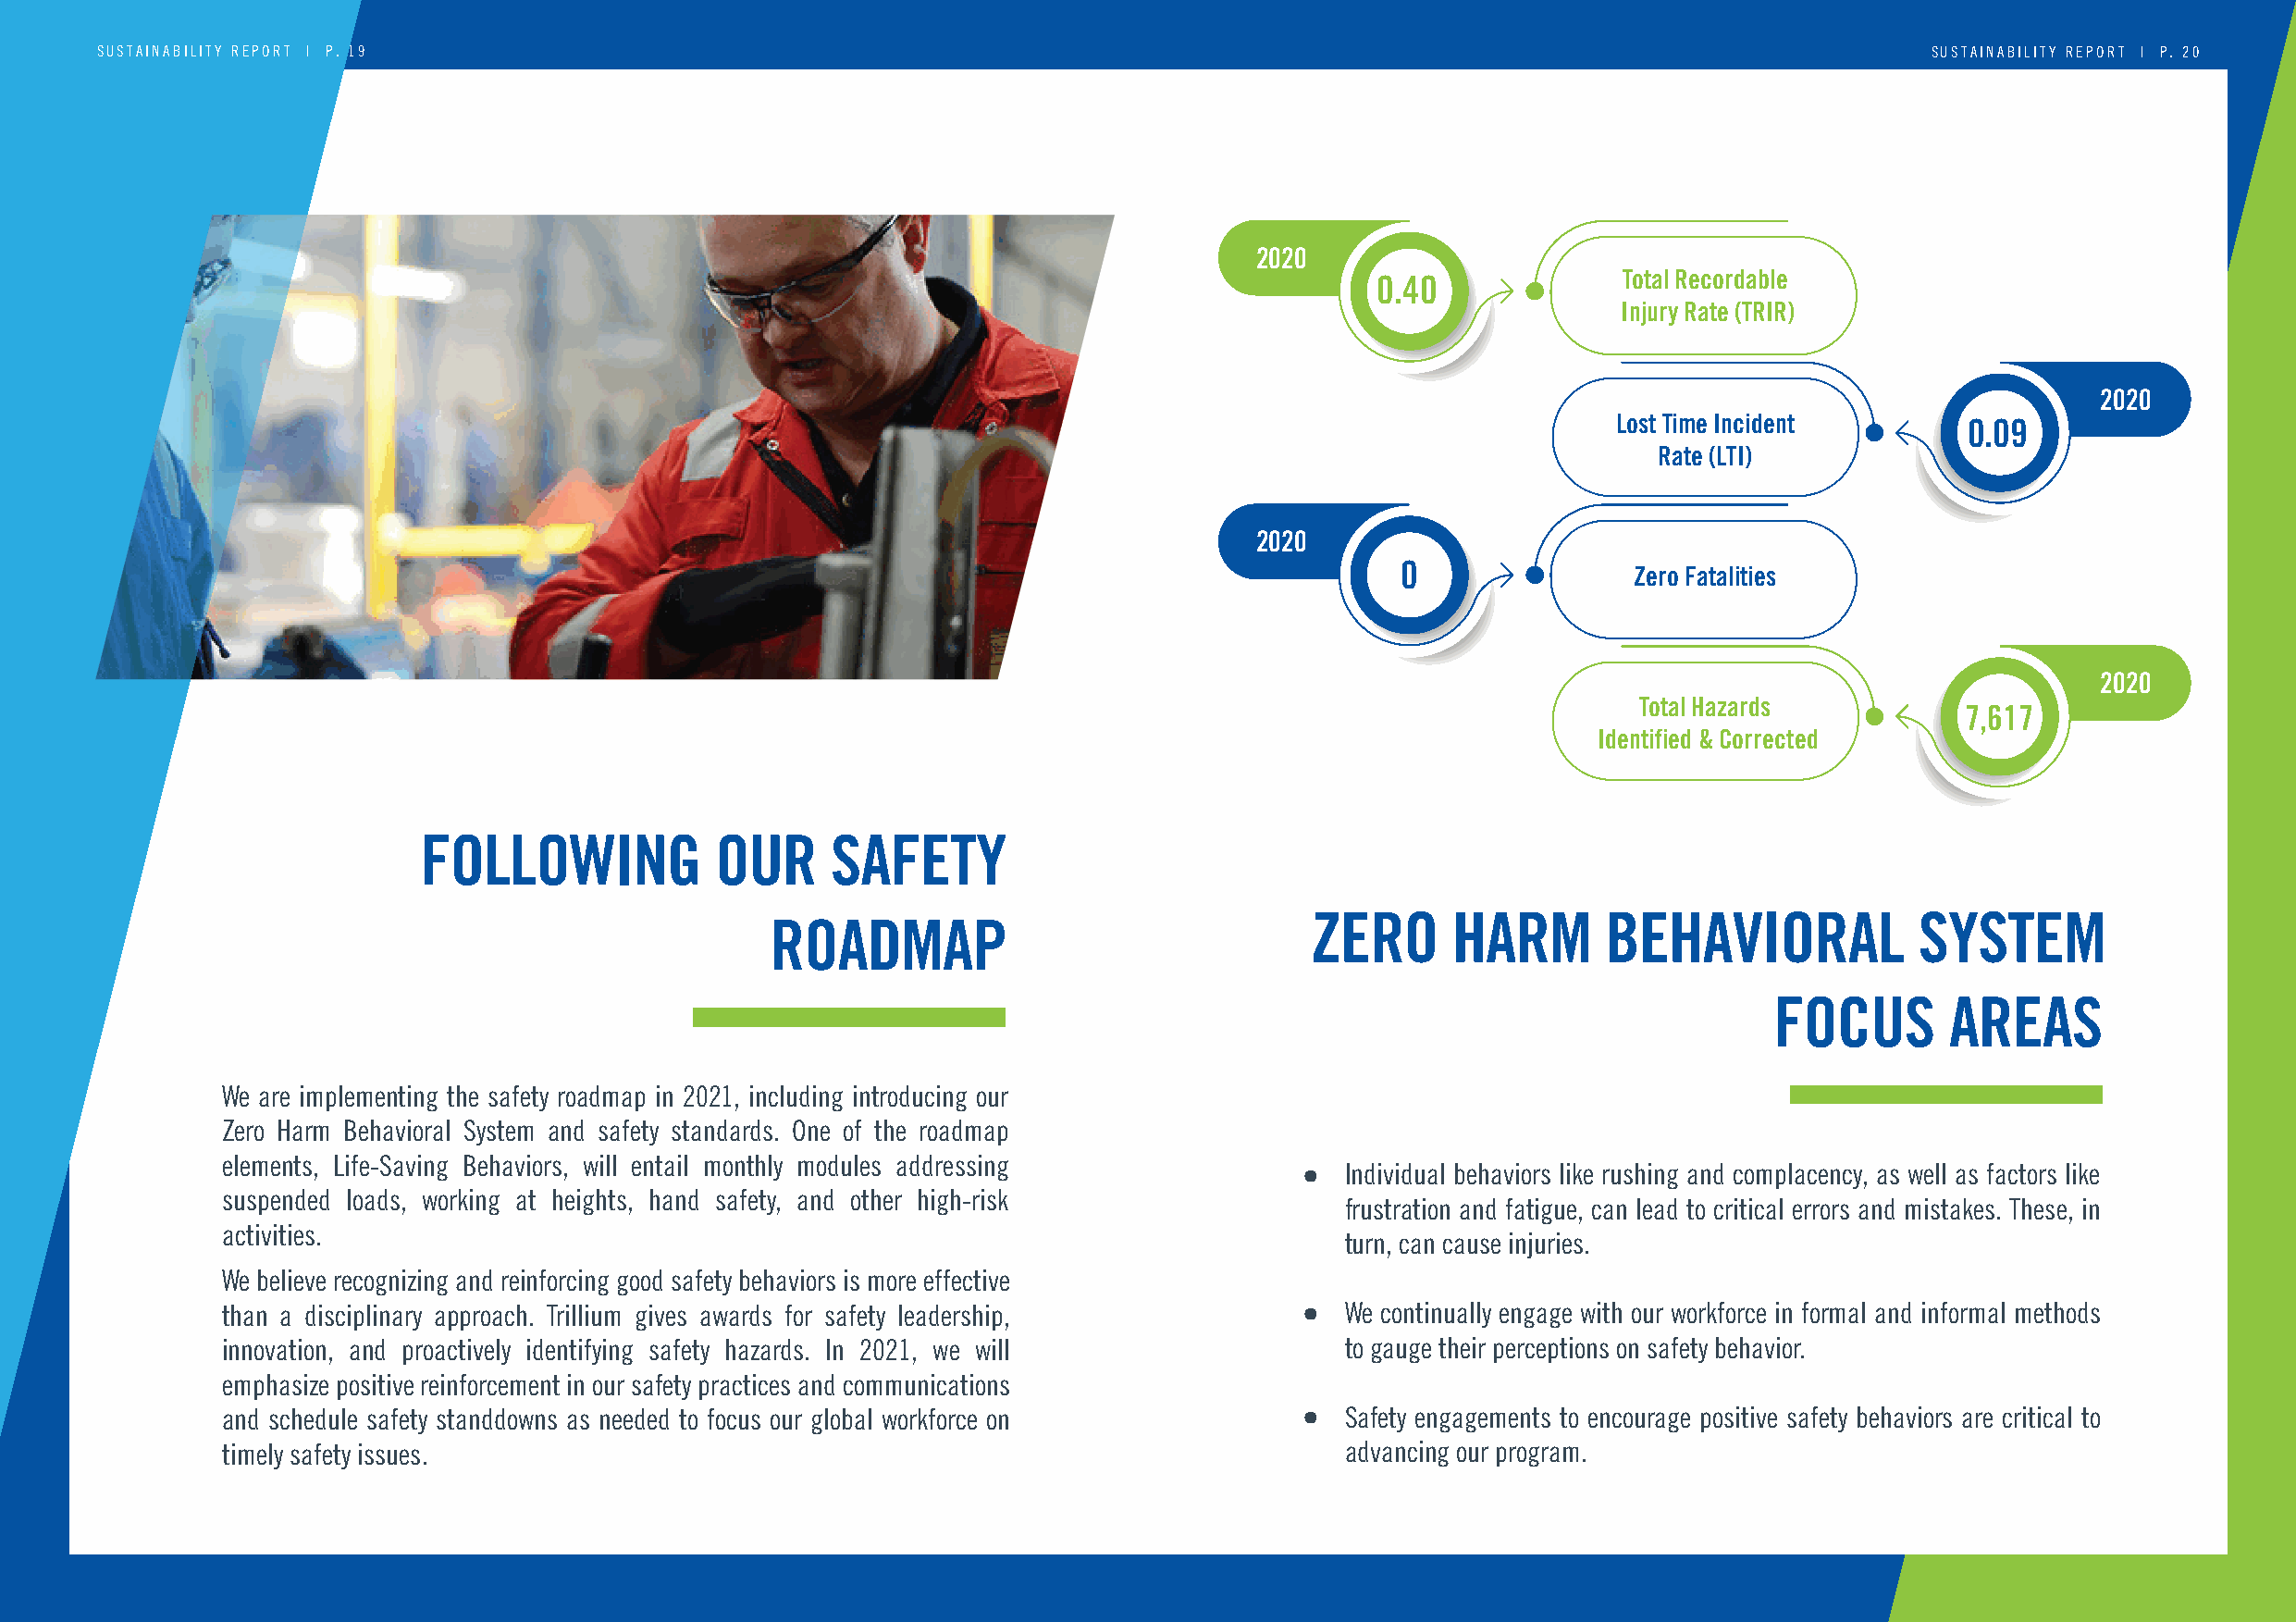
SUSTAINABILITY REPORT | P . 19                                                                                                     SUSTAINABILITY REPORT | P. 20
 2020
 0.40             Total Recordable
 Injury Rate (TRIR)
 2020
 Lost Time Incident       0.09
 Rate (LTI)
 2020
 0
 Zero Fatalities
 2020
 Total Hazards
 7,617
 Identified & Corrected
 FOLLOWING            OUR     SAFETY
 ZERO      HARM       BEHAVIORAL            SYSTEM
 ROADMAP
 FOCUS       AREAS
 We are implementing the safety roadmap in 2021, including introducing our
 Zero Harm Behavioral System and safety standards. One of the roadmap
 elements, Life-Saving Behaviors, will entail monthly modules addressing
 •  Individual behaviors like rushing and complacency, as well as factors like
 suspended loads, working at heights, hand safety, and other high-risk
 frustration and fatigue, can lead to critical errors and mistakes. These, in
 activities.
 turn, can cause injuries.
 We believe recognizing and reinforcing good safety behaviors is more effective
 than a disciplinary approach. Trillium gives awards for safety leadership,   •  We continually engage with our workforce in formal and informal methods
 innovation, and proactively identifying safety hazards. In 2021, we will        to gauge their perceptions on safety behavior.
 emphasize positive reinforcement in our safety practices and communications
 and schedule safety standdowns as needed to focus our global workforce on    •  Safety engagements to encourage positive safety behaviors are critical to
 timely safety issues.                                                           advancing our program.